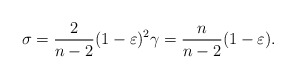
\begin{align*}\sigma=\frac{2}{n-2}(1-\varepsilon)^2 \gamma=\frac{n}{n-2}(1-\varepsilon).\end{align*}